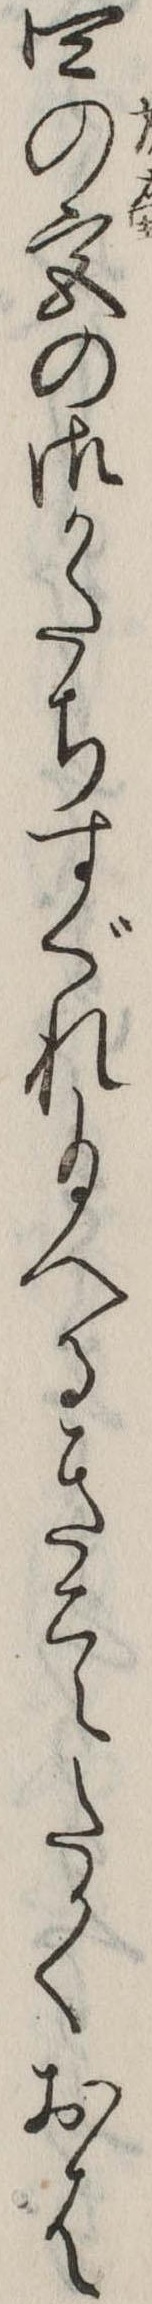
四の宮の御かたちすぐれ給へるきこえたかくおは